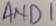
Text: AND1